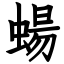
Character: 蜴